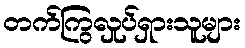
တက်ကြွလှုပ်ရှားသူများ